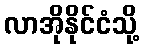
လာအိုနိုင်ငံသို့